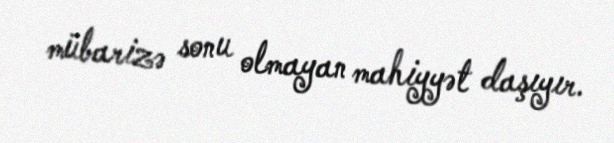
mübarizə sonu olmayan mahiyyət daşıyır.